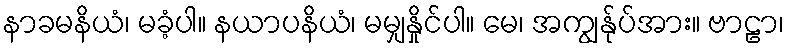
နာခမနိယံ၊ မခံ့ပါ။ နယာပနိယံ၊ မမျှနှိုင်ပါ။ မေ၊ အကျွန်ုပ်အား။ ဗာဠာ၊